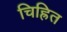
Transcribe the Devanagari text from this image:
चिह्रित